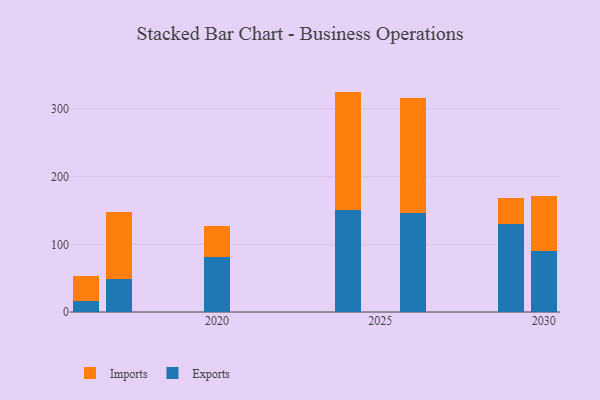
{"axis": {"x": "Year", "y": "Energy Usage (MWh)"}, "legend": ["Exports", "Imports"], "data": [{"x": "2017", "y": 49.2, "type": "Exports"}, {"x": "2017", "y": 98.6, "type": "Imports"}, {"x": "2020", "y": 81.6, "type": "Exports"}, {"x": "2020", "y": 45.0, "type": "Imports"}, {"x": "2024", "y": 150.1, "type": "Exports"}, {"x": "2024", "y": 175.8, "type": "Imports"}, {"x": "2030", "y": 90.6, "type": "Exports"}, {"x": "2030", "y": 80.5, "type": "Imports"}, {"x": "2026", "y": 146.0, "type": "Exports"}, {"x": "2026", "y": 170.2, "type": "Imports"}, {"x": "2016", "y": 16.4, "type": "Exports"}, {"x": "2016", "y": 36.7, "type": "Imports"}, {"x": "2029", "y": 129.8, "type": "Exports"}, {"x": "2029", "y": 39.3, "type": "Imports"}]}